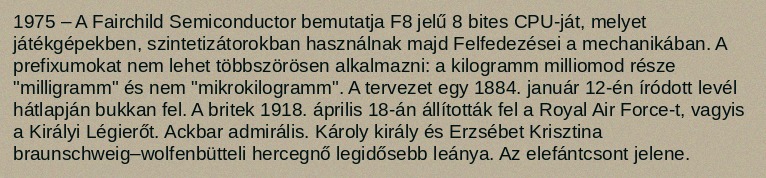
1975 – A Fairchild Semiconductor bemutatja F8 jelű 8 bites CPU-ját, melyet játékgépekben, szintetizátorokban használnak majd Felfedezései a mechanikában. A prefixumokat nem lehet többszörösen alkalmazni: a kilogramm milliomod része "milligramm" és nem "mikrokilogramm". A tervezet egy 1884. január 12-én íródott levél hátlapján bukkan fel. A britek 1918. április 18-án állították fel a Royal Air Force-t, vagyis a Királyi Légierőt. Ackbar admirális. Károly király és Erzsébet Krisztina braunschweig–wolfenbütteli hercegnő legidősebb leánya. Az elefántcsont jelene.